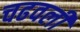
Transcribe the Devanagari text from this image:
चढवली